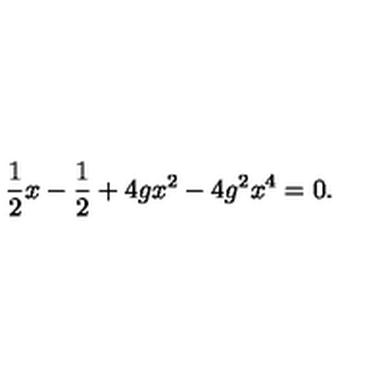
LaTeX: \frac { 1 } { 2 } x - \frac { 1 } { 2 } + 4 g x ^ { 2 } - 4 g ^ { 2 } x ^ { 4 } = 0 .